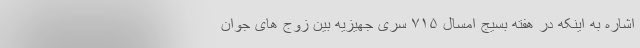
اشاره به اینکه در هفته بسیج امسال ۷۱۵ سری جهیزیه بین زوج های جوان